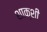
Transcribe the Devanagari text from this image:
शाक्शी